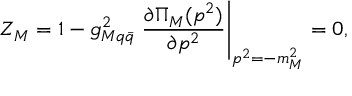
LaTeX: Z _ { M } = 1 - g _ { M q \bar { q } } ^ { 2 } \left. \frac { \partial { \Pi } _ { M } ( p ^ { 2 } ) } { \partial p ^ { 2 } } \right| _ { p ^ { 2 } = - m _ { M } ^ { 2 } } = 0 ,